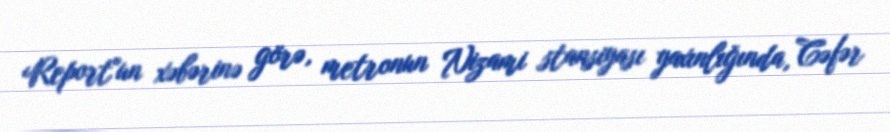
Report"un xəbərinə görə, metronun Nizami stansiyası yaxınlığında, Cəfər